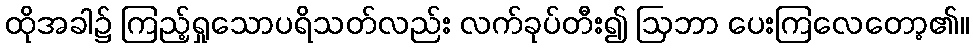
ထိုအခါ၌ ကြည့်ရှုသောပရိသတ်လည်း လက်ခုပ်တီး၍ ဩဘာ ပေးကြလေတော့၏။